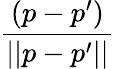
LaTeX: \frac{(p-p^{\prime})}{||p-p^{\prime}||}